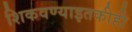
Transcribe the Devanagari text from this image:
शिकवण्याइतकीही